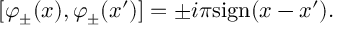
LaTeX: [ \varphi _ { \pm } ( x ) , \varphi _ { \pm } ( x ^ { \prime } ) ] = \pm i \pi \mathrm { s i g n } ( x - x ^ { \prime } ) .